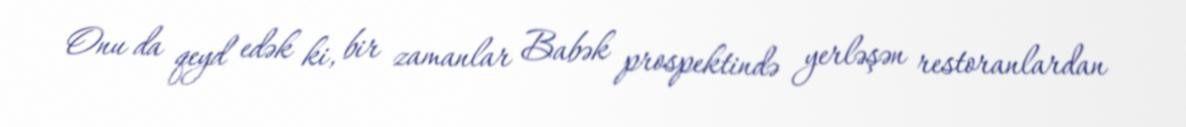
Onu da qeyd edək ki, bir zamanlar Babək prospektində yerləşən restoranlardan